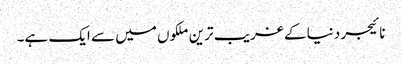
نائیجر دنیا کے غریب ترین ملکوں میں سے ایک ہے۔